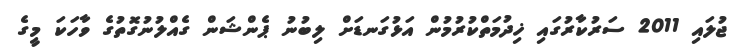
ޖުލައި 2011 ސަރުކާރުގައި ޚިދުމަތްކުރުމުން އަޅުގަނޑަށް ލިބުނު ޕެންޝަން ގެއްލުނުގޮތުގެ ވާހަކަ މީގެ